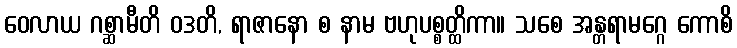
ဝေလာယ ဂစ္ဆာမီတိ ဝဒတိ, ရာဇာနော စ နာမ ဗဟုပစ္စတ္ထိကာ။ သစေ အန္တရာမဂ္ဂေ ကောစိ